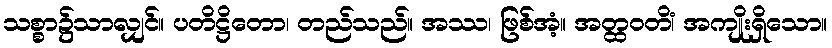
သစ္စာ၌သာလျှင်။ ပတိဋ္ဌိတော၊ တည်သည်။ အဿ၊ ဖြစ်အံ့။ အတ္ထဝတိံ၊ အကျိုးရှိသော။